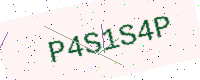
Text: P4S1S4P